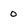
Character: 0